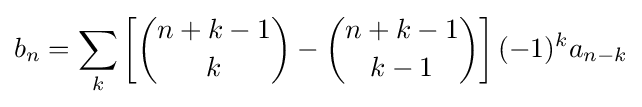
b_{n}=\sum _{k}\left[{\binom {n+k-1}{k}}-{\binom {n+k-1}{k-1}}\right](-1)^{k}a_{n-k}